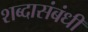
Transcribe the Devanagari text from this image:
शब्दासंबंधी